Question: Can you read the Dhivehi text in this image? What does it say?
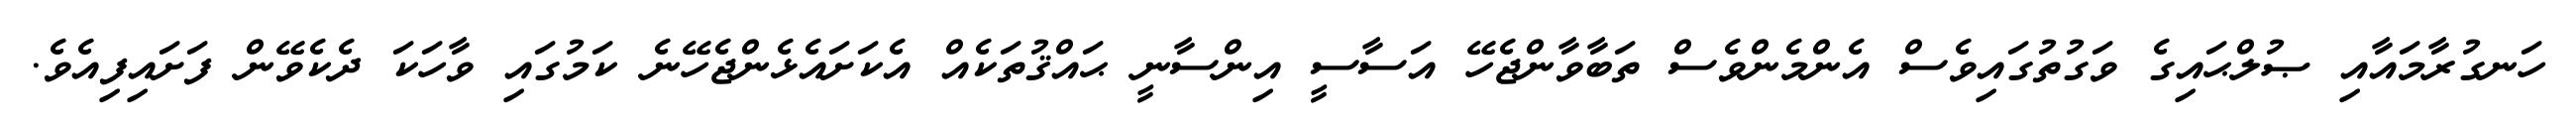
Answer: ހަނގުރާމައާއި ޞުލްޙައިގެ ވަގުތުގައިވެސް އެންމެންވެސް ތަބާވާންޖެހޭ އަސާސީ އިންސާނީ ޙައްޤުތަކެއް އެކަށައެޅެންޖެހޭނެ ކަމުގައި ވާހަކަ ދެކެވޭން ފަށައިފިއެވެ.